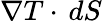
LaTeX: {\nabla}T\cdot\, dS